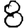
Digit: 8